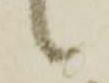
候